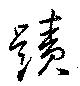
蹟